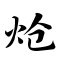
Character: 炝